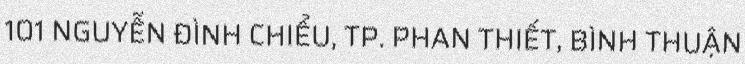
101 NGUYỄN ĐÌNH CHIỂU, TP. PHAN THIẾT, BÌNH THUẬN